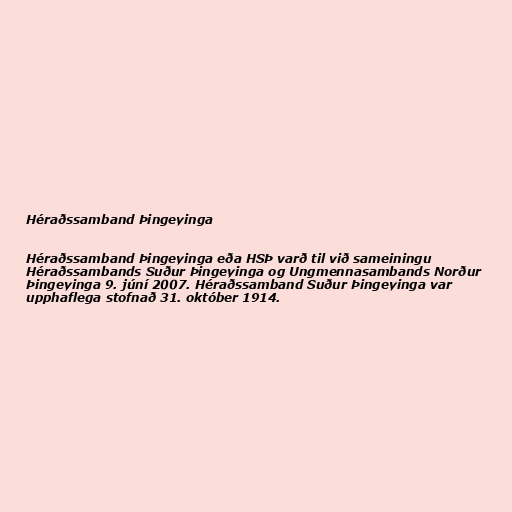
Héraðssamband Þingeyinga

Héraðssamband Þingeyinga eða HSÞ varð til við sameiningu
Héraðssambands Suður Þingeyinga og Ungmennasambands Norður
Þingeyinga 9. júní 2007. Héraðssamband Suður Þingeyinga var
upphaflega stofnað 31. október 1914.